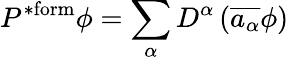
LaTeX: P^{\mathrm{*form}}\phi=\sum_{\alpha}D^{\alpha}\left({\overline{{a_{\alpha}}}}\phi\right)